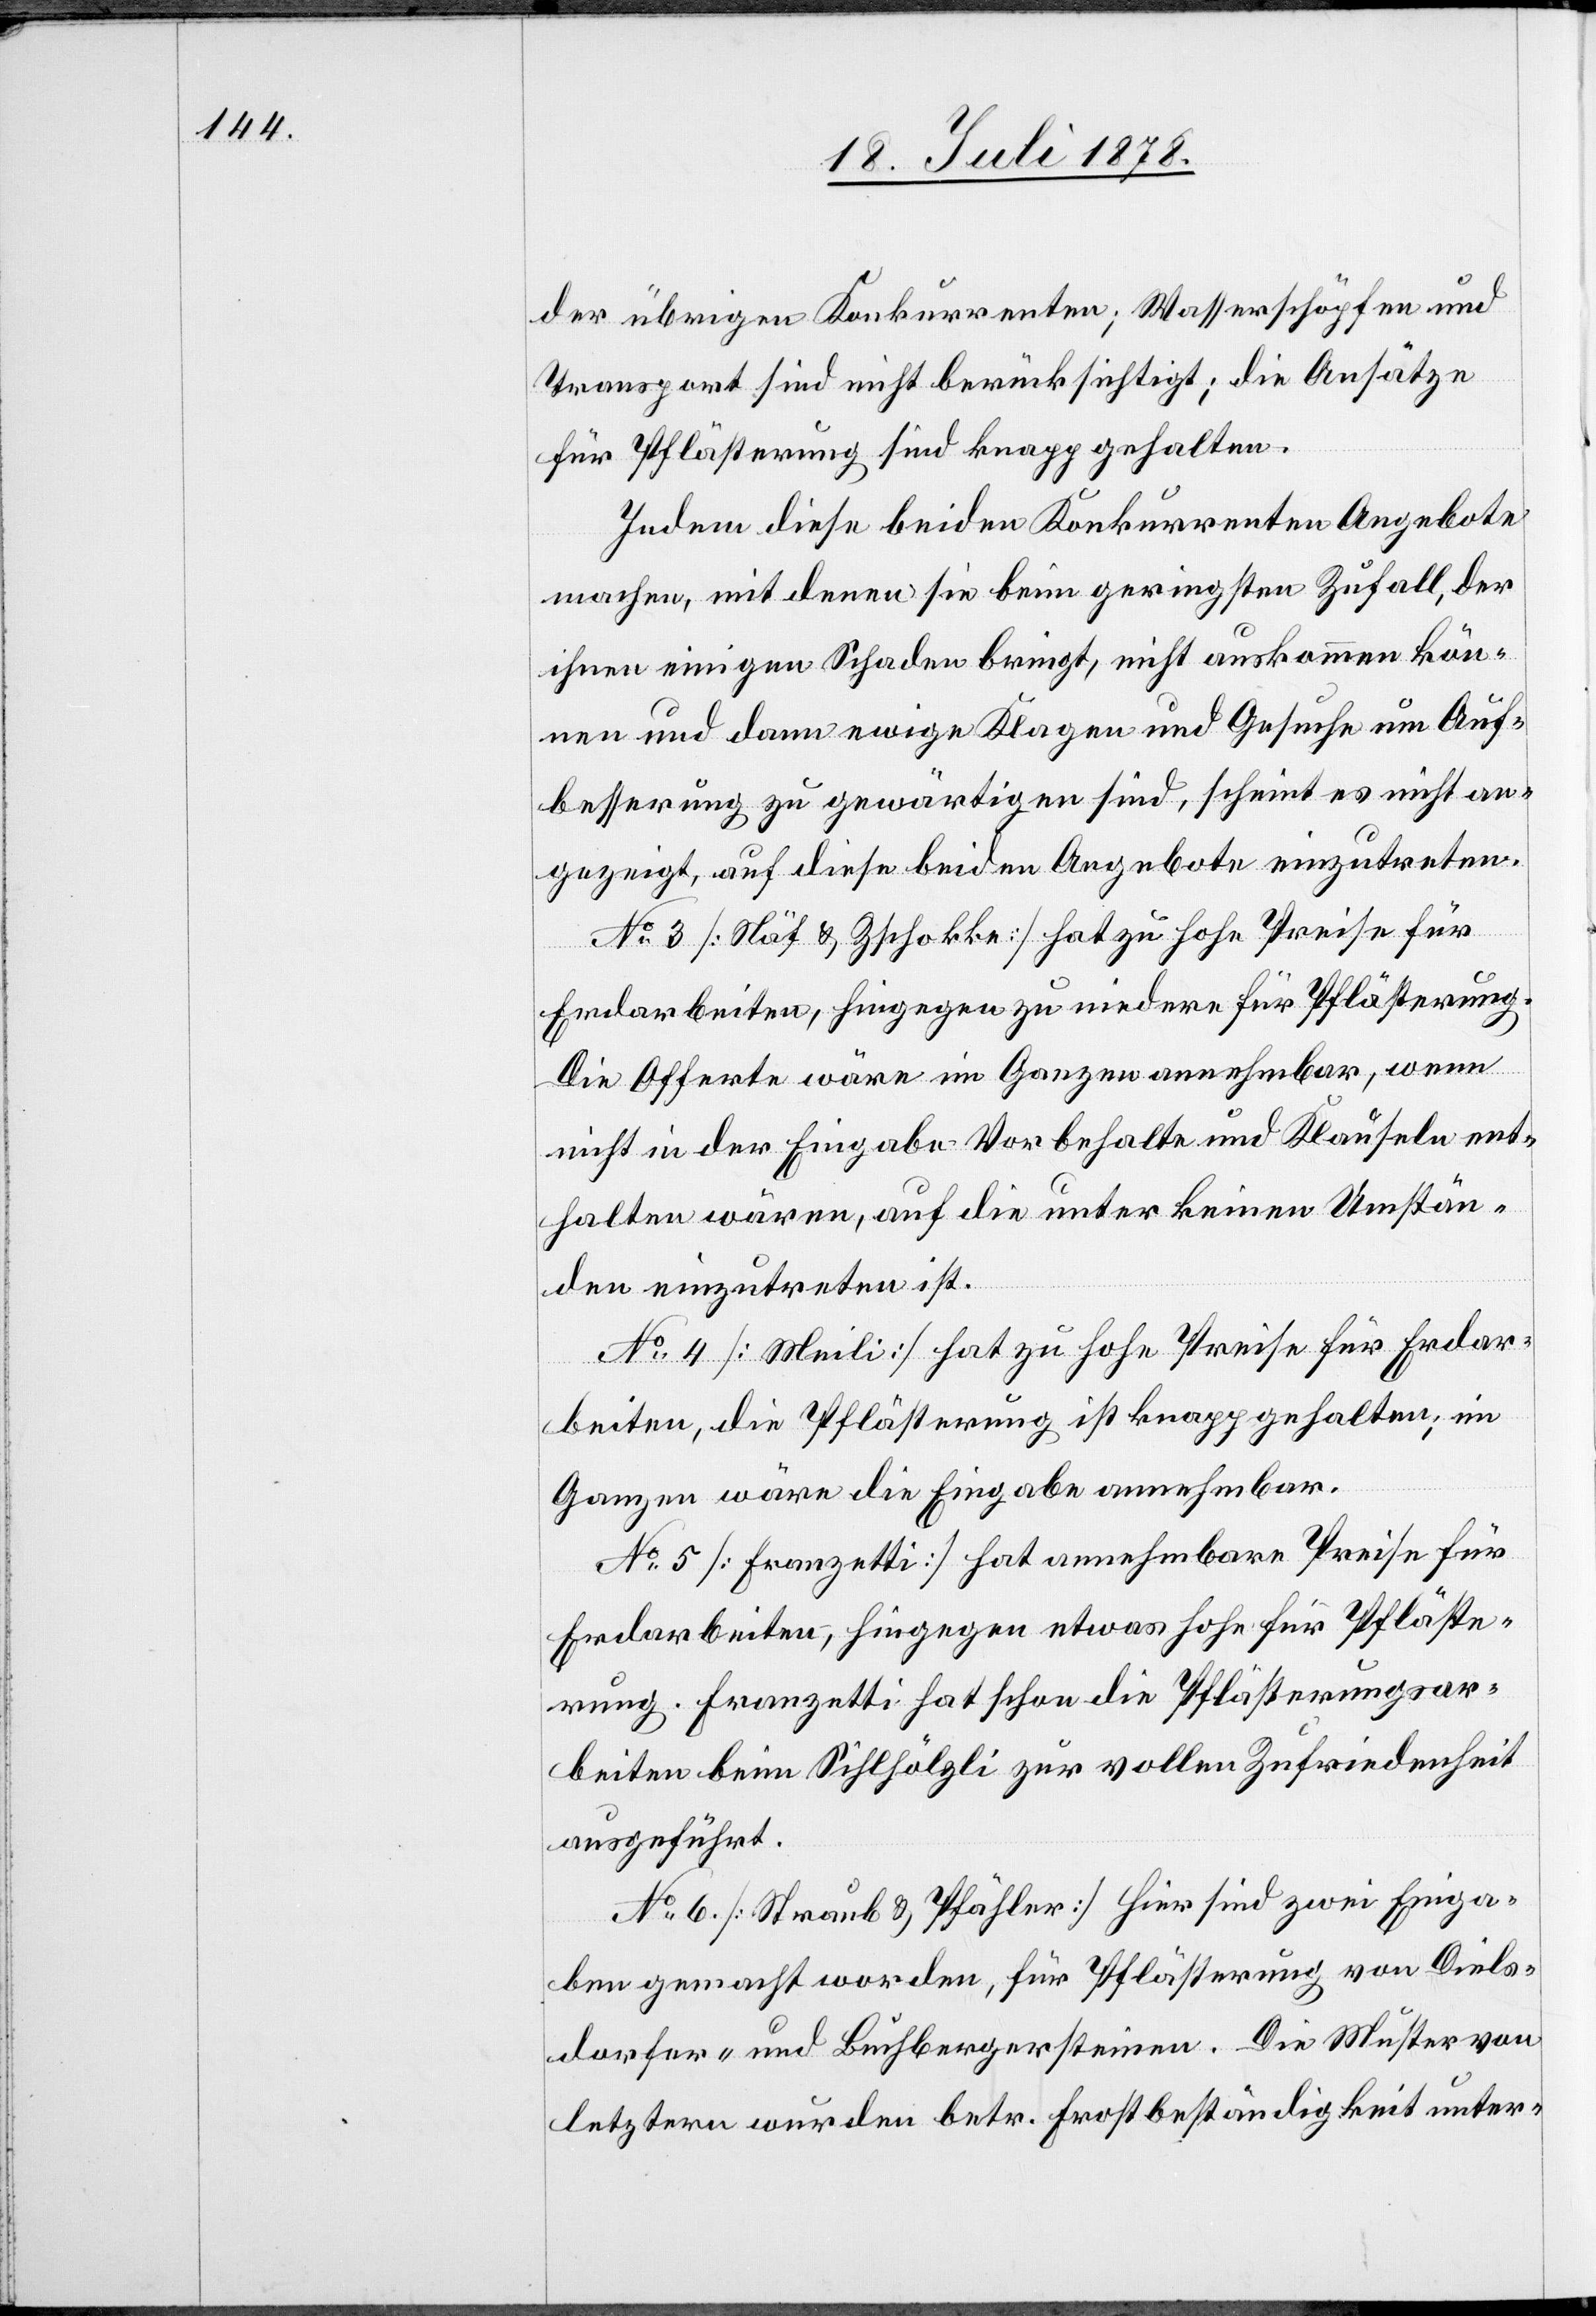
der übrigen Konkurrenten; Wasserschöpfen und
Transport sind nicht berücksichtigt; die Ansätze
für Pflästerung sind knapp gehalten.
Indem diese beiden Konkurrenten Angebote
machen, mit denen sie beim geringsten Zufall, der
ihnen einigen Schaden bringt, nicht auskommen kön¬
nen und dann ewige Klagen und Gesuche um Auf¬
besserung zu gewärtigen sind, scheint es nicht an¬
gezeigt, auf diese beiden Angebote einzutreten.
No 3 [Näf & Zschokke] hat zu hohe Preise für
Erdarbeiten, hingegen zu niedere für Pflästerung.
Die Offerte wäre im Ganzen annehmbar, wenn
nicht in der Eingabe Vorbehalte und Klauseln ent¬
halten wären, auf die unter keinen Umstän¬
den einzutreten ist.
No 4 [Meili] hat zu hohe Preise für Erdar¬
beiten, die Pflästerung ist knapp gehalten; im
Ganzen wäre die Eingabe annehmbar.
No 5 [Franzetti] hat annehmbare Preise für
Erdarbeiten, hingegen etwas hohe für Pfläste¬
rung. Franzetti hat schon Pflästerungsar¬
beiten beim Sihlhölzli zur vollen Zufriedenheit
ausgeführt.
No 6 [Straub & Pfähler] hier sind zwei Einga¬
ben gemacht worden, für Pflästerung von Diels¬
dorfer- und Buchbergsteinen. Die Muster von
letztern wurden betr. Frostbeständigkeit unter-